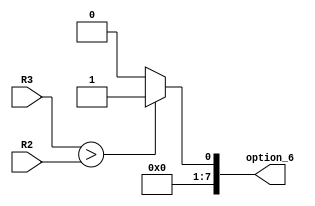
`timescale 1ns / 1ps
//////////////////////////////////////////////////////////////////////////////////
// Company: 
// Engineer: 
// 
// Design Name: 
// Module Name:    slt_v 
// Project Name: 
// Target Devices: 
// Tool versions: 
// Description: 
//
// Dependencies: 
//
// Revision: 
// Revision 0.01 - File Created
// Additional Comments: 
//
//////////////////////////////////////////////////////////////////////////////////
module slt_v(R2,R3,option_6 );
parameter size=8;
input [size-1:0] R2;
input [size-1:0] R3;
output reg [size-1:0] option_6;

always@ (R2,R3)
	begin
	if(R3>R2)
		begin option_6=1; end
	else
		begin option_6=0; end
	end		

endmodule